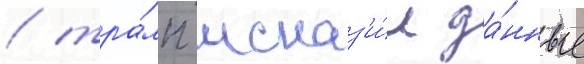
/ тра́мп исказ'и́л да́нные